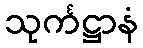
သုင်္ကဋ္ဌာနံ